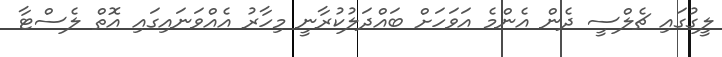
ލީގުގައި ޗެލްސީ ދެން އެންމެ އަވަހަށް ބައްދަލުކުރާނީ މިހާރު އެއްވަނައިގައި އޮތް ލެސްޓާ